Report of the Indian Hemp Drugs Commission, 1894-1895 - Volume IV
Year: 1894
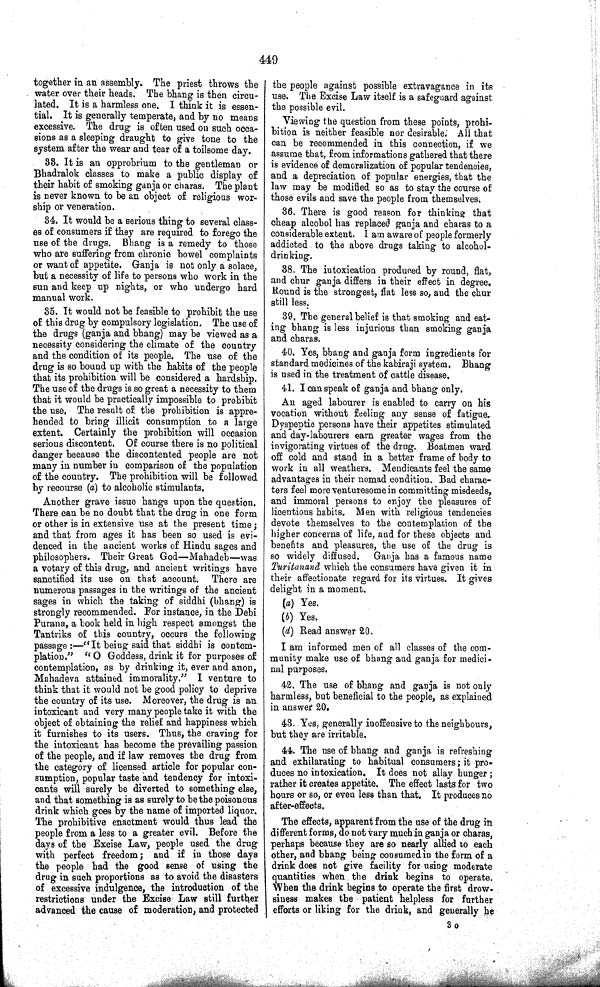
449
together in an assembly. The priest throws the
water over their heads. The bhang is then circu-
lated. It is a harmless one. I think it is essen-
tial. It is generally temperate, and by no means
excessive. The drug is often used on such occa-
sions as a sleeping draught to give tone to the
system after the wear and tear of a toilsome day.
33. It is an opprobrium to the gentleman or
Bhadralok classes to make a public display of
their habit of smoking ganja or charas. The plant
is never known to be an object of religious wor-
ship or veneration.
34. It would be a serious thing to several class-
es of consumers if they are required to forego the
use of the drugs. Bhang is a remedy to those
who are suffering from chronic bowel complaints
or want of appetite. Ganja is not only a solace,
but a necessity of life to persons who work in the
sun and keep up nights, or who undergo hard
manual work.
35. It would not be feasible to prohibit the use
of this drug by compulsory legislation. The use of
the drugs (ganja and bhang) may be viewed as a
necessity considering the climate of the country
and the condition of its people. The use of the
drug is so bound up with the habits of the people
that its prohibition will be considered a hardship.
The use of the drugs is so great a necessity to them
that it would be practically impossible to prohibit
the use. The result of the prohibition is appre-
hended to bring illicit consumption to a large
extent. Certainly the prohibition will occasion
serious discontent. Of course there is no political
danger because the discontented people are not
many in number in comparison of the population
of the country. The prohibition will be followed
by recourse (a) to alcoholic stimulants.
Another grave issue hangs upon the question.
There can be no doubt that the drug in one form
or other is in extensive use at the present time;
and that from ages it has been so used is evi-
denced in the ancient works of Hindu sages and
philosophers. Their Great God—Mahadeb—was
a votary of this drug, and ancient writings have
sanctified its use on that account. There are
numerous passages in the writings of the ancient
sages in which the taking of siddhi (bhang) is
strongly recommended. For instance, in the Debi
Purana, a book held in high respect amongst the
Tantriks of this country, occurs the following
passage:—"It being said that siddhi is contem-
plation." "O Goddess, drink it for purposes of
contemplation, as by drinking it, ever and anon,
Mahadeva attained immorality." I venture to
think that it would not be good policy to deprive
the country of its use. Moreover, the drug is an
intoxicant and very many people take it with the
object of obtaining the relief and happiness which
it furnishes to its users. Thus, the craving for
the intoxicant has become the prevailing passion
of the people, and if law removes the drug from
the category of licensed article for popular con-
sumption, popular taste and tendency for intoxi-
cants will surely be diverted to something else,
and that something is as surely to be the poisonous
drink which goes by the name of imported liquor.
The prohibitive enactment would thus lead the
people from a less to a greater evil. Before the
days of the Excise Law, people used the drug
with perfect freedom; and if in those days
the people had the good sense of using the
drug in such proportions as to avoid the disasters
of excessive indulgence, the introduction of the
restrictions under the Excise Law still further
advanced the cause of moderation, and protected
the people against possible extravagance in its
use. The Excise Law itself is a safeguard against
the possible evil.
Viewing the question from these points, prohi-
bition is neither feasible nor desirable. All that
can be recommended in this connection, if we
assume that, from informations gathered that there
is evidence of demoralization of popular tendencies,
and a depreciation of popular energies, that the
law may be modified so as to stay the course of
those evils and save the people from themselves.
36. There is good reason for thinking that
cheap alcohol has replaced ganja and charas to a
considerable extent. I am aware of people formerly
addicted to the above drugs taking to alcohol-
drinking.
38. The intoxication produced by round, flat,
and chur ganja differs in their effect in degree.
Round is the strongest, flat less so, and the chur
still less.
39. The general belief is that smoking and eat-
ing bhang is less injurious than smoking ganja
and charas.
40. Yes, bhang and ganja form ingredients for
standard medicines of the kabiraji system. Bhang
is used in the treatment of cattle disease.
41. I can speak of ganja and bhang only.
An aged labourer is enabled to carry on his
vocation without feeling any sense of fatigue.
Dyspeptic persons have their appetites stimulated
and day-labourers earn greater wages from the
invigorating virtues of the drug. Boatmen ward
off cold and stand in a better frame of body to
work in all weathers. Mendicants feel the same
advantages in their nomad condition. Bad charac-
ters feel more venturesome in committing misdeeds,
and immoral persons to enjoy the pleasures of
licentious habits. Men with religious tendencies
devote themselves to the contemplation of the
higher concerns of life, and for these objects and
benefits and pleasures, the use of the drug is
so widely diffused. Ganja has a famous name
Turitanand which the consumers have given it in
their affectionate regard for its virtues. It gives
delight in a moment.
(a) Yes.
(b) Yes.
(d) Read answer 20.
I am informed men of all classes of the com-
munity make use of bhang and ganja for medici-
nal purposes.
42. The use of bhang and ganja is not only
harmless, but beneficial to the people, as explained
in answer 20.
43. Yes, generally inoffensive to the neighbours,
but they are irritable.
44. The use of bhang and ganja is refreshing
and exhilarating to habitual consumers; it pro-
duces no intoxication. It does not allay hunger;
rather it creates appetite. The effect lasts for two
hours or so, or even less than that. It produces no
after-effects.
The effects, apparent from the use of the drug in
different forms, do not vary much in ganja or charas,
perhaps because they are so nearly allied to each
other, and bhang being consumed in the form of a
drink does not give facility for using moderate
quantities when the drink begins to operate.
When the drink begins to operate the first drow-
siness makes the patient helpless for further
efforts or liking for the drink, and generally he
3 o